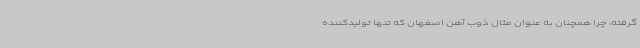
گرفته، چرا همچنان به عنوان مثال ذوب آهن اصفهان که تنها تولیدکننده